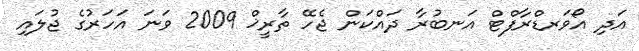
އަދި އޯވަރޑްރާފްޓް އަނބުރާ ދައްކަން ޖެހޭ ތާރީޚް 2009 ވަނަ އަހަރުގެ ޖުލައި